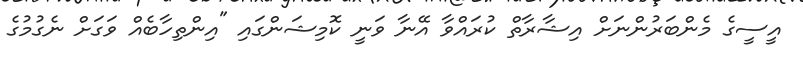
އީސީގެ މެންބަރުންނަށް އިޝާރާތް ކުރައްވާ އޭނާ ވަނީ ކޮމިޝަންގައި "އިންތިހާބެއް ވަގަށް ނެގުމުގެ